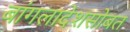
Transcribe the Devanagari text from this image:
बांगलादेशसोबत